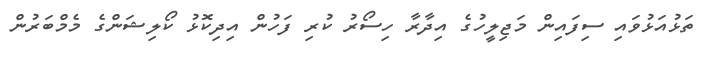
ތަޅުއަޅުވައި ސިފައިން މަޖިލީހުގެ އިދާރާ ހިސޯރު ކުރި ފަހުން އިދިކޮޅު ކޯލިޝަންގެ މެމްބަރުން